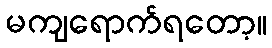
မကျရောက်ရတော့။